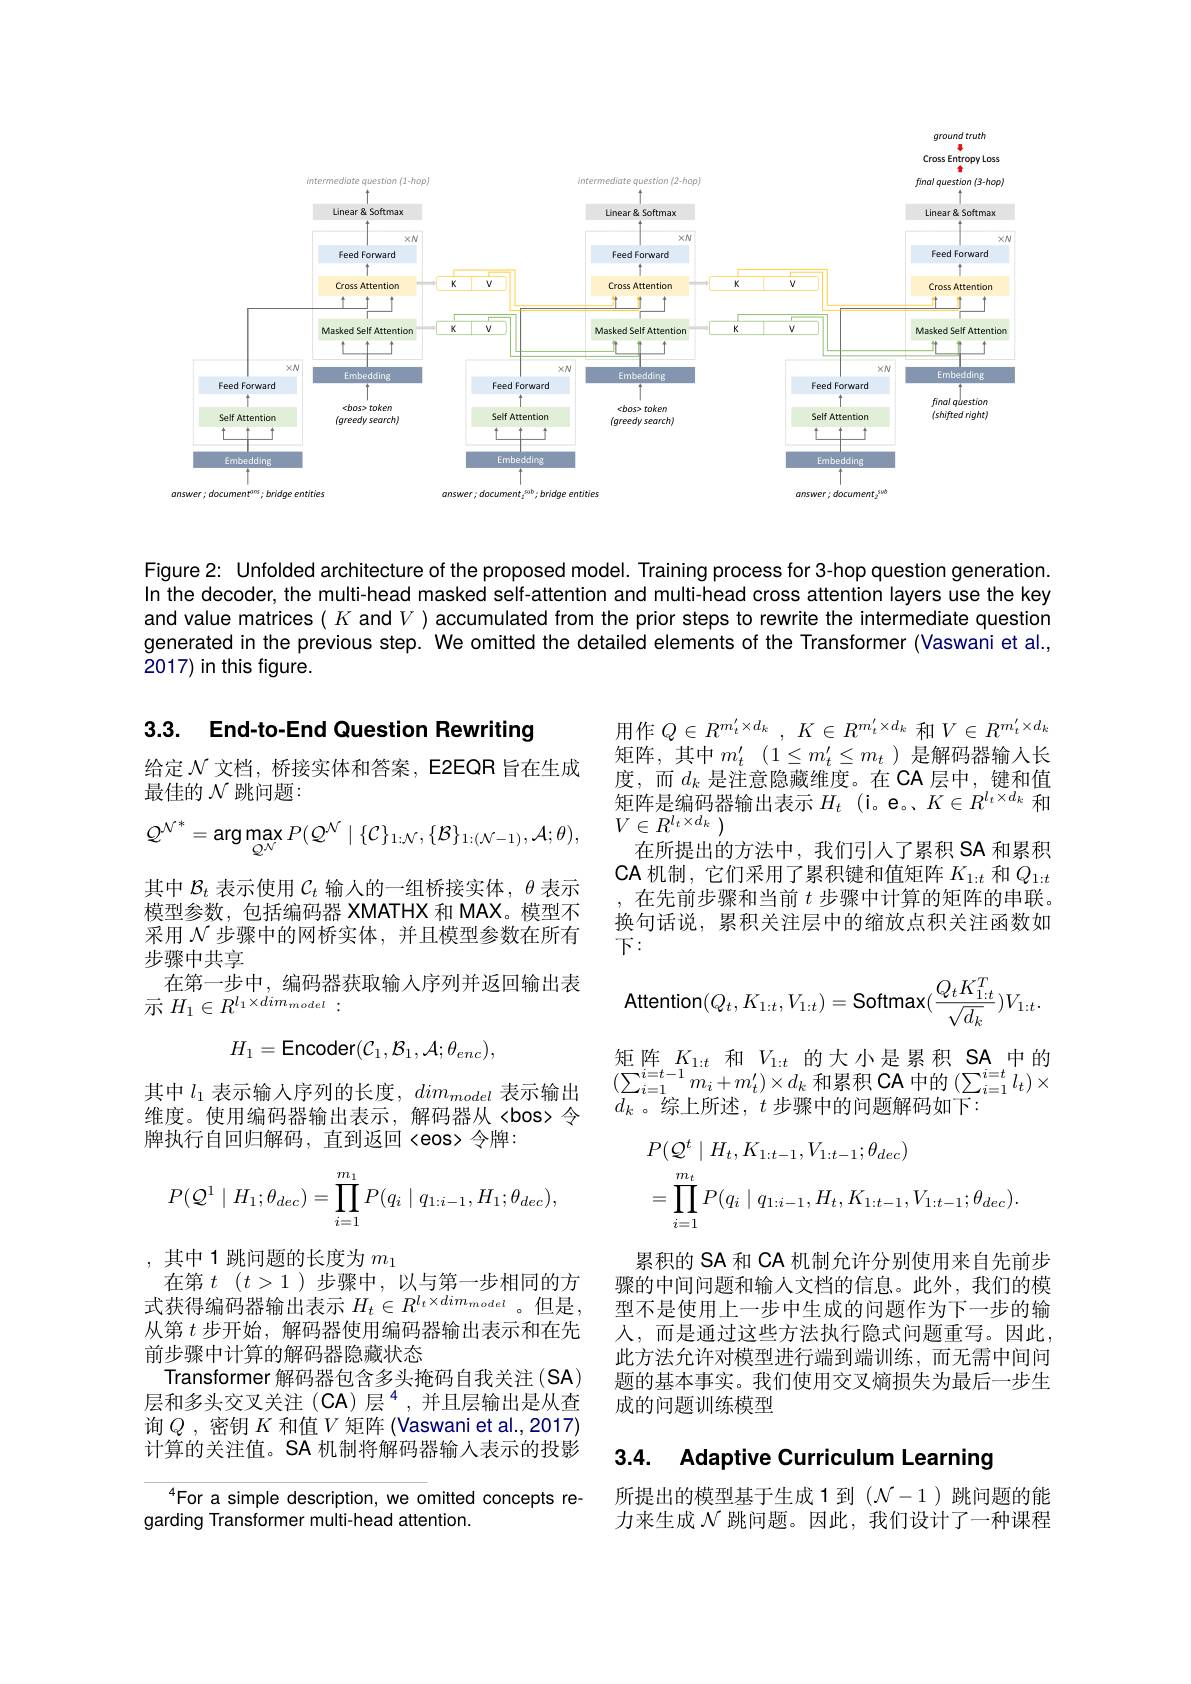
ground truth
<FigureHere>

Figure 2: Unfolded architecture of the proposed model. Training process for 3-hop question generation. In the decoder, the multi-head masked self-attention and multi-head cross attention layers use the key and value matrices $(K$ and $V)$ accumulated from the prior steps to rewrite the intermediate question generated in the previous step. We omitted the detailed elements of the Transformer (Vaswani et al., 2017) in this figure.

3.3. End-to-End Question Rewriting

给定$\mathcal{N}$文档，桥接实体和答案，E2EQR 旨在生成
最佳的$\mathcal{N}$跳问题：

其中$\mathcal{B}_t$表示使用$\mathcal{C}_t$输人的一组桥接实体，$\theta$表示模型参数，包括编码器 XMATHX 和 MAX。模型不采用$\mathcal{N}$步骤中的网桥实体，并且模型参数在所有步骤中共享
在第一步中，编码器获取输入序列并返回输出表
示$H_{1}\in R^{l_{1}\times dim_{model}}:$

用作$Q\in R^{m_t^{\prime }\times d_k}$ , $K\in R^{m_t^{\prime }\times d_k}$ 和$V\in R^{m_t^{\prime}\times d_k}$ 矩阵，其中$m_t^\prime$ $( 1\leq m_t^{\prime }\leq m_t)$是解码器输入长度，而$d_k$ 是注意隐藏维度。在 CA 层中，键和值矩阵是编码器输出表示$H_t$ (i。e。、$K\in R^l_t\times d_k$和$V\in R^{l_t\times d_k}$ )
在所提出的方法中，我们引人了累积 SA 和累积CA 机制，它们采用了累积键和值矩阵$K_{1:t}$和$Q_{1:t}$ 在先前步骤和当前$t$步骤中计算的矩阵的串联。换句话说，累积关注层中的缩放点积关注函数如下：
$$\mathsf{n}(Q_{t},K_{1:t},V_{1:t})=\mathsf{Softmax}(\frac{Q_{t}K_{1:t}^{T}}{\sqrt{d_{k}}})V_{1:t}.$$
矩阵$K_{1:t}$和$V_{1:t}$的大小是累积 SA中的$(\sum_{i=1}^{i=t-1}m_{i}+m_{t}^{\prime})\times d_{k}$和累积 CA 中的$\left(\sum_i=1^{i=t}l_{t}\right)\times$ $d_k$。综上所述，$t$步骤中的问题解码如下：
$$\begin{aligned}&P(Q^{t}\mid H_{t},K_{1:t-1},V_{1:t-1};\theta_{dec})\\&=\prod_{i=1}^{m_{t}}P(q_{i}\mid q_{1:i-1},H_{t},K_{1:t-1},V_{1:t-1};\theta_{dec}).\end{aligned}$$
累积的 SA 和 CA 机制允许分别使用来自先前步骤的中间问题和输人文档的信息。此外，我们的模
$$H_1=\mathsf{Encoder}(\mathcal{C}_1,\mathcal{B}_1,\mathcal{A};\theta_{enc}),$$
$$Q^{\mathcal{N}^{*}}=\text{arg}\max_{\mathcal{Q}^{\mathcal{N}}}P(Q^{\mathcal{N}}\mid\{\mathcal{C}\}_{1:\mathcal{N}},\{\mathcal{B}\}_{1:(\mathcal{N}-1)},\mathcal{A};\theta),$$
其中$l_1$表示输人序列的长度$,dim_model$表示输出维度。使用编码器输出表示，解码器从<bos>令牌执行自回归解码，直到返回〈eos〉令牌：
$$P(\mathcal{Q}^1\mid H_1;\theta_{dec})=\prod_{i=1}^{m_1}P(q_i\mid q_{1:i-1},H_1;\theta_{dec}),$$
,其中1跳问题的长度为$m_1$
在第$t$ $( t> 1$ )步骤中，以与第一步相同的方式获得编码器输出表示$H_t\in R^{l_t\times dim_{model}}$。但是从第$t$步开始，解码器使用编码器输出表示和在先前步骤中计算的解码器隐藏状态
Transformer 解码器包含多头掩码自我关注(SA) 层和多头交叉关注(CA)层$^{4}$,并且层输出是从查询$Q$ ,密钥$K$和值$V$矩阵 (Vaswani et al.,2017) 计算的关注值。SA 机制将解码器输入表示的投影
$^{4}$For a simple description, we omitted concepts re-

型不是使用上一步中生成的问题作为下一步的输人，而是通过这些方法执行隐式问题重写。因此此方法允许对模型进行端到端训练，而无需中间问题的基本事实。我们使用交叉熵损失为最后一步生成的问题训练模型

### 3.4. Adaptive Curriculum Learning

所提出的模型基于生成 1 到$(\mathcal{N}-1)$跳问题的能力来生成$\mathcal{N}$跳问题。因此，我们设计了一种课程

garding Transformer multi-head attention.